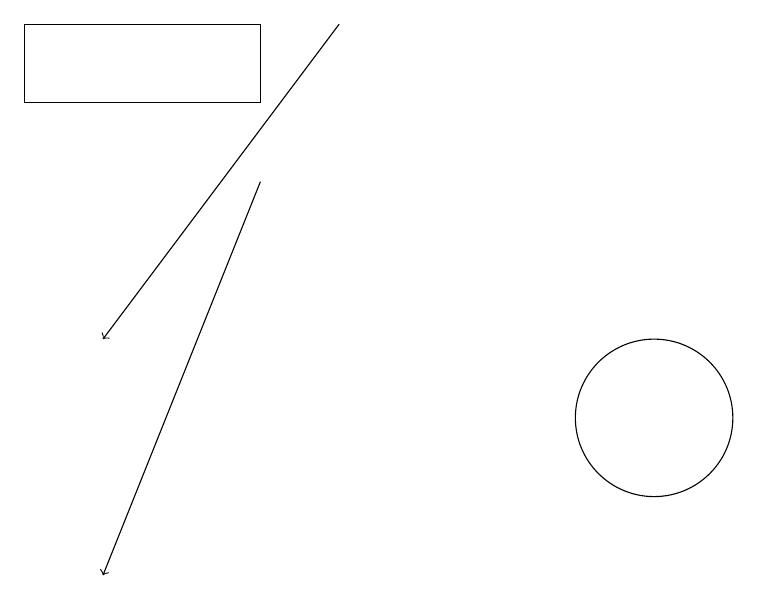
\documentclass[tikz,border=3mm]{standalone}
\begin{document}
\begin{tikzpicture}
\draw (11,12) circle (1);
\draw[->] (6,15) -- (4,10);
\draw[->] (7,17) -- (4,13);
\draw (3,17) rectangle (6,16);
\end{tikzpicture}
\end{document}